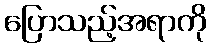
ပြောသည့်အရာကို